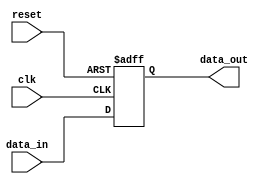
module timing_control(
    input wire clk,
    input wire reset,
    input wire data_in,
    output reg data_out
);

// Data buffering module
reg [7:0] buffer;

always @(posedge clk or posedge reset) begin
    if (reset) begin
        buffer <= 8'b0;
    end else begin
        buffer <= data_in;
    end
end

assign data_out = buffer;

endmodule